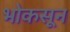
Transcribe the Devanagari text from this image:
भोकसून